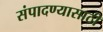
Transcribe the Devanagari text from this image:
संपादण्यासाठी